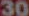
30